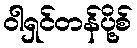
ဝါရှင်တန်ပို့စ်